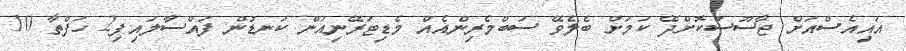
އައިއެސްއަށް ޖާސޫސުކޮށްދޭ ކަމަށް ބެލެވޭ ސަބްމެރިންއެއް މެޑިޓަރޭނިއަން ކަނޑުން ފައްސާލައިފި2 ހަފްތާ 10